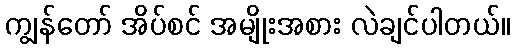
ကျွန်တော် အိပ်စင် အမျိုးအစား လဲချင်ပါတယ်။